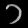
Digit: ၁